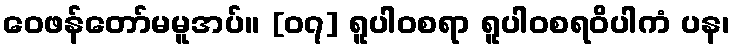
ဝေဖန်တော်မမူအပ်။ [၀၇] ရူပါဝစရာ ရူပါဝစရဝိပါကံ ပန၊